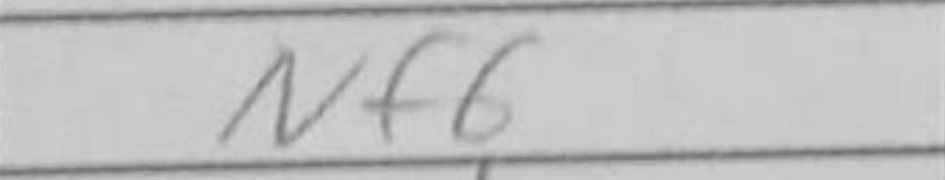
Transcription: Nf6